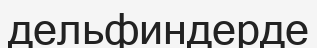
дельфиндерде